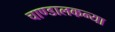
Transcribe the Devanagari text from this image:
चाण्डालकन्या